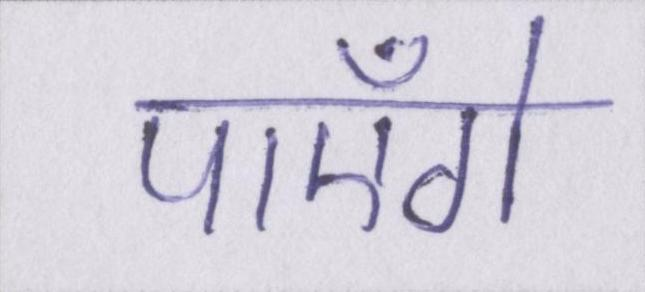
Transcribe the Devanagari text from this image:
पाएँगे